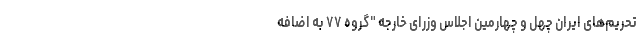
تحریم‌های ایران چهل و چهارمین اجلاس وزرای خارجه "گروه ۷۷ به اضافه